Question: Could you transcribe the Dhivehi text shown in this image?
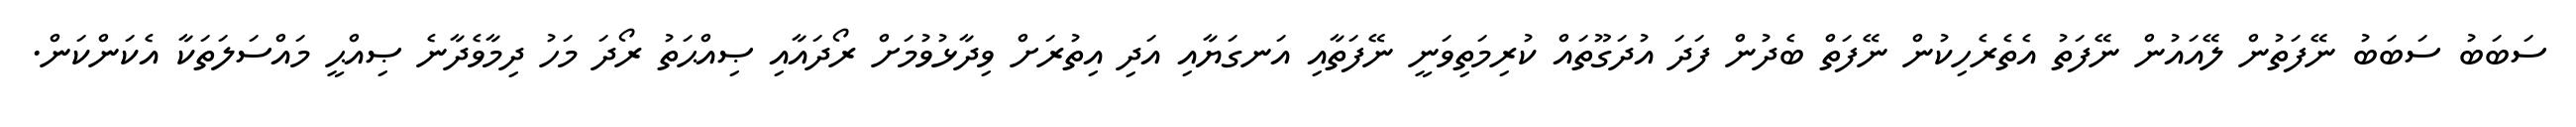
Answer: ސަބަބު ސަބަބު ނޭފަތުން ލޭއައުން ނޭފަތު އެތެރެހިކުން ނޭފަތް ބެދުން ފަދަ އުދަގޫތައް ކުރިމަތިވަނީ ނޭފަތާއި އަނގަޔާއި އަދި އިތުރަށް ވިދާޅުވުމަށް ރޯދައާއި ޞިއްޙަތު ރޯދަ މަހު ދިމާވެދާނެ ޞިއްޙީ މައްސަލަތަކާ އެކަންކަން.